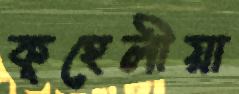
কূহেলীয়া